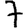
Digit: 7